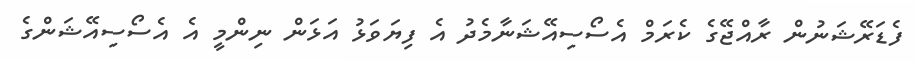
ފެޑަރޭޝަނުން ރާއްޖޭގެ ކެރަމް އެސޯސިއޭޝަނާމެދު އެ ފިޔަވަޅު އަޅަން ނިންމީ އެ އެސޯސިއޭޝަންގެ